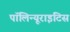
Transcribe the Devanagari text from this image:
पॉलिन्यूराइटिस